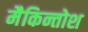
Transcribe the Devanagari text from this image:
मैकिन्तोश